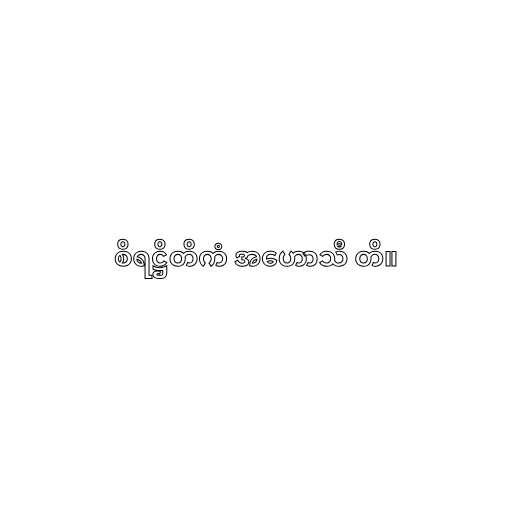
စိရဋ္ဌိတိကံ အဟောသီ တိ။